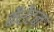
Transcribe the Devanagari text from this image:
कैरेंटन